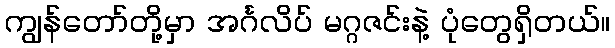
ကျွန်တော်တို့မှာ အင်္ဂလိပ် မဂ္ဂဇင်းနဲ့ ပုံတွေရှိတယ်။